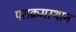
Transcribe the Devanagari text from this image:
पराक्रमस्थान